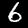
Label: 6